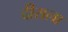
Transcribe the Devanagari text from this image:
दीराला